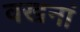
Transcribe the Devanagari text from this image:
वखनां